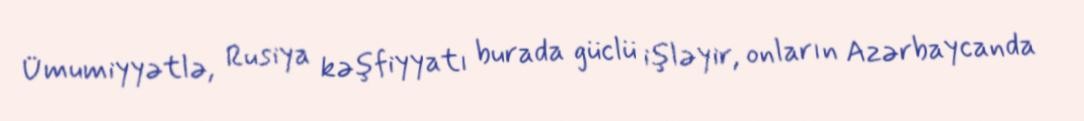
Ümumiyyətlə, Rusiya kəşfiyyatı burada güclü işləyir, onların Azərbaycanda